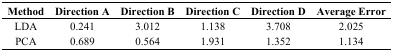
<table><thead><tr><td><b>Method</b></td><td><b>Direction A</b></td><td><b>Direction B</b></td><td><b>Direction C</b></td><td><b>Direction D</b></td><td><b>Average Error</b></td></tr></thead><tbody><tr><td>LDA</td><td>0.241</td><td>3.012</td><td>1.138</td><td>3.708</td><td>2.025</td></tr><tr><td>PCA</td><td>0.689</td><td>0.564</td><td>1.931</td><td>1.352</td><td>1.134</td></tr></tbody></table>